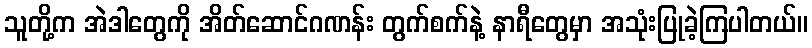
သူတို့က အဲဒါတွေကို အိတ်ဆောင်ဂဏန်း တွက်စက်နဲ့ နာရီတွေမှာ အသုံးပြုခဲ့ကြပါတယ်။